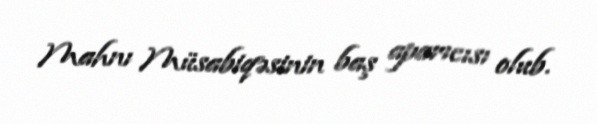
Mahnı Müsabiqəsinin baş aparıcısı olub.